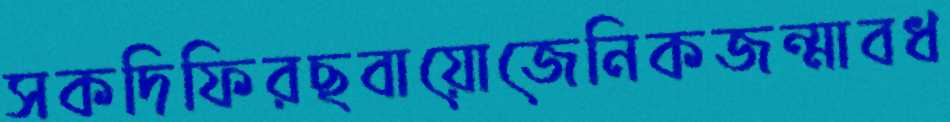
সকদিফিরছবায়োজেনিকজন্মাবধ